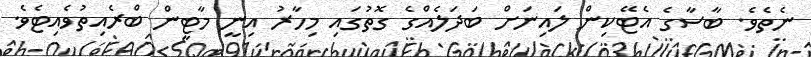
ނެތެވެ. ބާސާގެ އެޓޭކިން ލައިނަށް ބަދަލެއްގެ ގޮތުގައި މިހާރު އިނީ މާޓީން ބްރެއިތުވެއިޓެވެ.